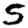
Digit: 5